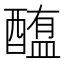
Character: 𰼐